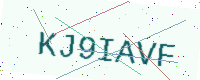
Text: KJ9IAVF